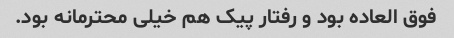
فوق العاده بود و رفتار پیک هم خیلی محترمانه بود.